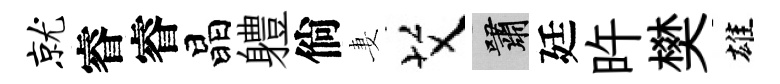
就睿睿晶軆倘妻艾嘯廷旿樊雄